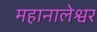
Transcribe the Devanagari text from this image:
महानालेश्वर